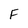
Character: F